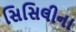
સિસિલીના